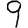
Digit: 9